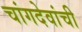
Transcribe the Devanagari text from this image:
चांगदेवांची